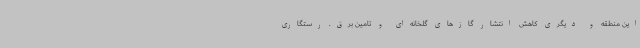
این منطقه و دیگری کاهش انتشار گازهای گلخانه‌ای و تامین برق. رستگاری